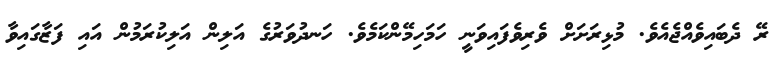
ރޭ ދެބައިވެއްޖެއެވެ. މުޅިރަށަށް ވެރިވެފައިވަނީ ހަމަހިމޭންކަމެވެ. ހަނދުވަރުގެ އަލިން އަލިކުރަމުން އައި ފަޒާގައިވާ